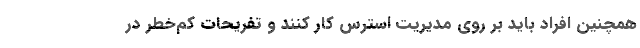
همچنین افراد باید بر روی مدیریت استرس کار کنند و تفریحات کم‌خطر در